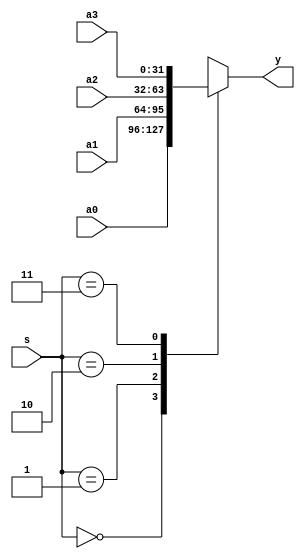
`timescale 1ns / 1ps
//////////////////////////////////////////////////////////////////////////////////
// Company: 
// Engineer: 
// 
// Design Name: 
// Module Name:    mux4x32 
// Project Name: 
// Target Devices: 
// Tool versions: 
// Description: 
//
// Dependencies: 
//
// Revision: 
// Revision 0.01 - File Created
// Additional Comments: 
//
//////////////////////////////////////////////////////////////////////////////////
module mux4x32(a0,a1,a2,a3,s,y
    );
	 input [31:0] a0,a1,a2,a3;
	 input [1:0] s;
	 output [31:0] y;
	 function [31:0] select;
	     input [31:0] a0,a1,a2,a3;
	     input [1:0] s;
		  case(s)
		  2'b00:select=a0;
		  2'b01:select=a1;
		  2'b10:select=a2;
		  2'b11:select=a3;
		  endcase
	endfunction
	assign y=select(a0,a1,a2,a3,s);
endmodule